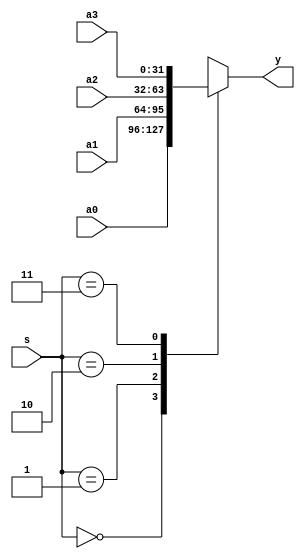
`timescale 1ns / 1ps
//////////////////////////////////////////////////////////////////////////////////
// Company: 
// Engineer: 
// 
// Design Name: 
// Module Name:    mux4x32 
// Project Name: 
// Target Devices: 
// Tool versions: 
// Description: 
//
// Dependencies: 
//
// Revision: 
// Revision 0.01 - File Created
// Additional Comments: 
//
//////////////////////////////////////////////////////////////////////////////////
module mux4x32(a0,a1,a2,a3,s,y
    );
	 input [31:0] a0,a1,a2,a3;
	 input [1:0] s;
	 output [31:0] y;
	 function [31:0] select;
	     input [31:0] a0,a1,a2,a3;
	     input [1:0] s;
		  case(s)
		  2'b00:select=a0;
		  2'b01:select=a1;
		  2'b10:select=a2;
		  2'b11:select=a3;
		  endcase
	endfunction
	assign y=select(a0,a1,a2,a3,s);
endmodule